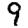
Digit: 9